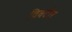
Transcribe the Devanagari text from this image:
विक्टोर